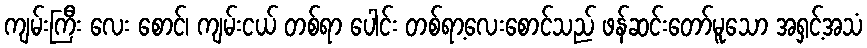
ကျမ်းကြီး လေး စောင်၊ ကျမ်းငယ် တစ်ရာ ပေါင်း တစ်ရာ့လေးစောင်သည် ဖန်ဆင်းတော်မူသော အရှင့်အသံ